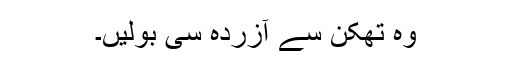
وہ تھکن سے آزردہ سی بولیں۔